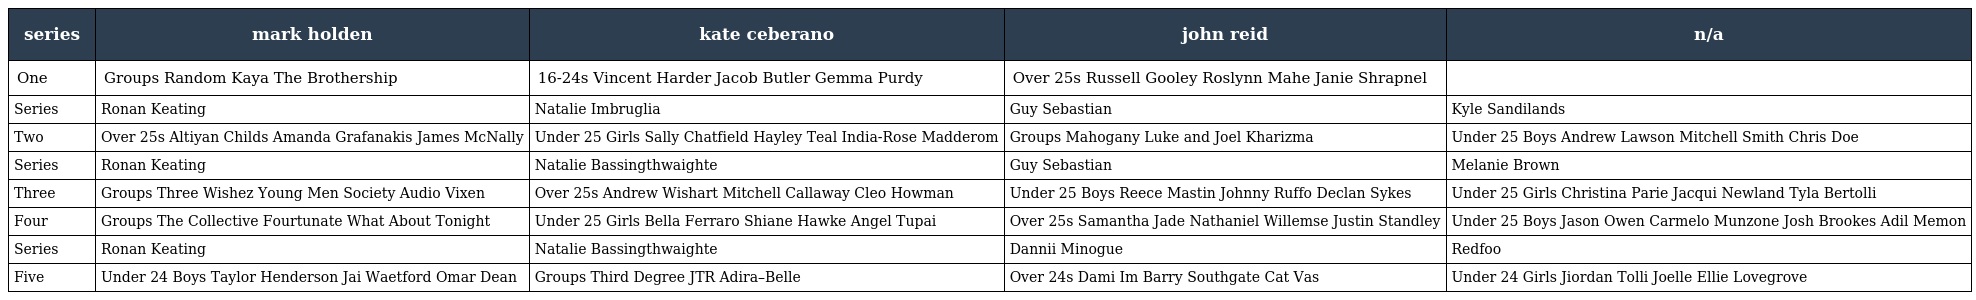
| series | mark holden | kate ceberano | john reid | n/a |
 | --- | --- | --- | --- | --- |
 | One | Groups Random Kaya The Brothership | 16-24s Vincent Harder Jacob Butler Gemma Purdy | Over 25s Russell Gooley Roslynn Mahe Janie Shrapnel |  |
 | Series | Ronan Keating | Natalie Imbruglia | Guy Sebastian | Kyle Sandilands |
 | Two | Over 25s Altiyan Childs Amanda Grafanakis James McNally | Under 25 Girls Sally Chatfield Hayley Teal India-Rose Madderom | Groups Mahogany Luke and Joel Kharizma | Under 25 Boys Andrew Lawson Mitchell Smith Chris Doe |
 | Series | Ronan Keating | Natalie Bassingthwaighte | Guy Sebastian | Melanie Brown |
 | Three | Groups Three Wishez Young Men Society Audio Vixen | Over 25s Andrew Wishart Mitchell Callaway Cleo Howman | Under 25 Boys Reece Mastin Johnny Ruffo Declan Sykes | Under 25 Girls Christina Parie Jacqui Newland Tyla Bertolli |
 | Four | Groups The Collective Fourtunate What About Tonight | Under 25 Girls Bella Ferraro Shiane Hawke Angel Tupai | Over 25s Samantha Jade Nathaniel Willemse Justin Standley | Under 25 Boys Jason Owen Carmelo Munzone Josh Brookes Adil Memon |
 | Series | Ronan Keating | Natalie Bassingthwaighte | Dannii Minogue | Redfoo |
 | Five | Under 24 Boys Taylor Henderson Jai Waetford Omar Dean | Groups Third Degree JTR Adira–Belle | Over 24s Dami Im Barry Southgate Cat Vas | Under 24 Girls Jiordan Tolli Joelle Ellie Lovegrove |